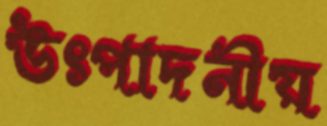
উৎপাদনীয়